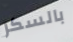
بالسكر